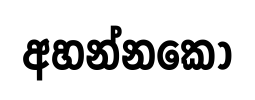
අහන්නකෝ